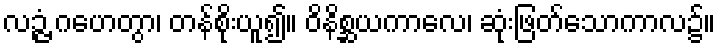
လဉ္ဇံ ဂဟေတွာ၊ တန်စိုးယူ၍။ ဝိနိစ္ဆယကာလေ၊ ဆုံးဖြတ်သောကာလ၌။